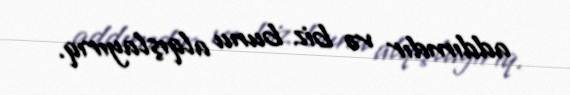
addımdır və biz bunu alqışlayırıq.